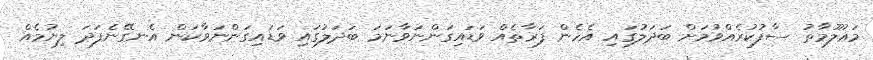
މަޢުލޫމާތު ސާފުކުރެއްވުމަށް ބަދަލުގައި އެހެން ފަރާތެއް ވަޑައިގަންނަވާނަމަ ބަދަލުގައި ވަޑައިގަންނަވާކަން އެނގޭނެފަދަ ލިޔުމެއް